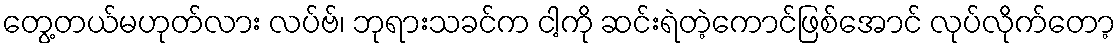
တွေ့တယ်မဟုတ်လား လပ်ဗ်၊ ဘုရားသခင်က ငါ့ကို ဆင်းရဲတဲ့ကောင်ဖြစ်အောင် လုပ်လိုက်တော့